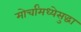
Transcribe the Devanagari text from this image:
मोर्चांमध्येसुद्धा